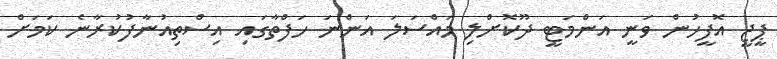
ޕީޖީ އޮފީހުން ވަނީ އަންމަޓީ ދޫކޮށްލި މައްސަލަ އަންނަ ހަފްތާގައި އިސްތިއުނާފުކުރާނެ ކަމަށް